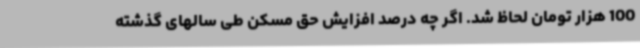
100 هزار تومان لحاظ شد. اگر چه درصد افزایش حق مسکن طی سالهای گذشته